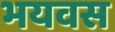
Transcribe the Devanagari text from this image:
भयवस